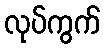
လုပ်ကွက်